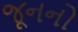
જૂનનો